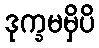
ဒုက္ခမမှိပိ